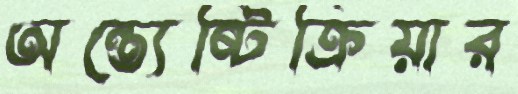
অন্ত্যেষ্টিক্রিয়ার